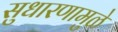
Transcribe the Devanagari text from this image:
सुधारणामुळे